Vaccination in Bombay 1902-1912 - 1902-1912
Year: 1902
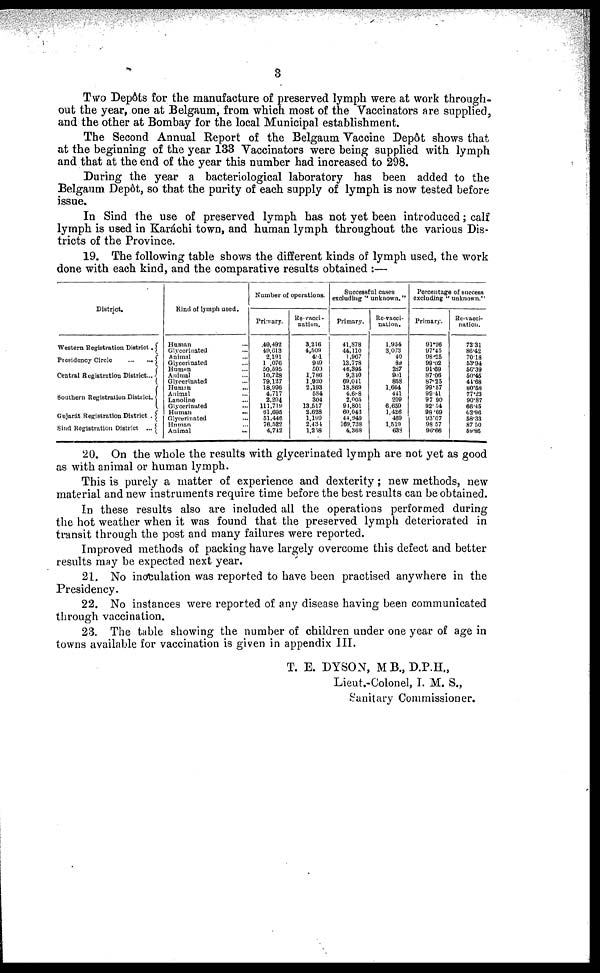
3
Two Depôts for the manufacture of preserved lymph were at work through-
out the year, one at Belgaum, from which most of the Vaccinators are supplied,
and the other at Bombay for the local Municipal establishment.
The Second Annual Report of the Belgaum Vaccine Depôt shows that
at the beginning of the year 133 Vaccinators were being supplied with lymph
and that at the end of the year this number had increased to 298.
During the year a bacteriological laboratory has been added to the
Belgaum Depôt, so that the purity of each supply of lymph is now tested before
issue.
In Sind the use of preserved lymph has not yet been introduced; calf
lymph is used in Karáchi town, and human lymph throughout the various Dis-
tricts of the Province.
19. The following table shows the different kinds of lymph used, the work
done with each kind, and the comparative results obtained :—
District.
Western Registration District.
Presidency Circle
...
...
Central Registration District...
Southern Registration District.
Gujarát Registration District .
Sind Registration District ...
Kind of lymph used.
Human ...
Glycerinated ...
Animal ...
Glycerinated ...
Humam ...
Animal ...
Glycerinated ...
Human ...
Animal ...
Lanoline ...
Glycerinated ...
Human
...
Glycerinated ...
Human ...
Animal ...
Number of operations.
Primary.
49,492
49,613
2,191
1,076
50,595
10,728
79,127
18,996
4,717
2,204
111,719
61,695
51,446
76,522
4,742
Re-vacci-
nation.
3,216
4,509
40l
949
509
1,786
1,920
2,193
584
304
13,517
2,628
1,199
2,434
1,258
Successful cases
excluding ''unknown."
Primary.
41,878
44,110
1,967
13,778
46,395
9,340
69,041
18,869
4,688
2,005
94,801
60,042
44,949
169,738
4,368
Re-vacci-
nation.
1,954
3,073
40
89
287
901
858
1,664
441
209
6,659
1,426
469
1,519
638
Percentage of success
excluding "unknown."
Primary.
91.26
97.45
98.25
99.02
91.69
87.06
87.25
99.57
99.41
97.90
92.54
98.69
93.07
98.57
96.66
Re-vacci¬
nation.
72.31
86.42
70.18
53.94
56.39
50.45
41.68
80.58
77.23
90.87
66.45
62.96
58.33
87.50
59.85
20. On the whole the results with glycerinated lymph are not yet as good
as with animal or human lymph.
This is purely a matter of experience and dexterity; new methods, new
material and new instruments require time before the best results can be obtained.
In these results also are included all the operations performed during
the hot weather when it was found that the preserved lymph deteriorated in
transit through the post and many failures were reported.
Improved methods of packing have largely overcome this defect and better
results may be expected next year.
21. No inoculation was reported to have been practised anywhere in the
Presidency.
22. No instances were reported of any disease having been communicated
through vaccination.
23. The table showing the number of children under one year of age in
towns available for vaccination is given in appendix III.
T. E. DYSON, M B., D.P.H.,
Lieut.-Colonel, I. M. S.,
Sanitary Commissioner.